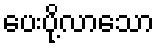
ပေးပို့လာသော